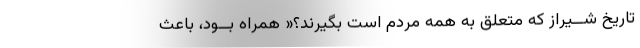
تاریخ شــیراز که متعلق به همه مردم است بگیرند؟« همراه بــود، باعث